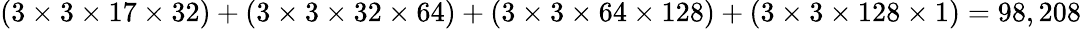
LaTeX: (3\times 3\times 17\times 32)+(3\times 3\times 32\times 64)+(3\times 3\times 64\times 128)+(3\times 3\times 128\times 1)=98,208